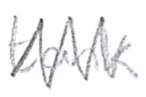
Text: tank
Cross-out: zig-zag
Writing tool: pencil